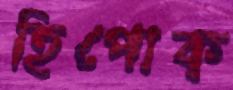
হিপোক্